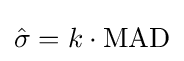
{\hat {\sigma }}=k\cdot \operatorname {MAD}